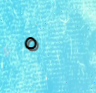
٥